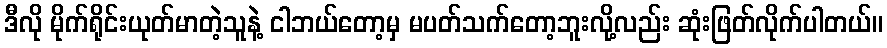
ဒီလို မိုက်ရိုင်းယုတ်မာတဲ့သူနဲ့ ငါဘယ်တော့မှ မပတ်သက်တော့ဘူးလို့လည်း ဆုံးဖြတ်လိုက်ပါတယ်။